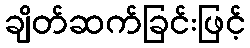
ချိတ်ဆက်ခြင်းဖြင့်